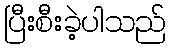
ပြီးစီးခဲ့ပါသည်